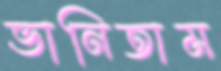
ভানিতাম